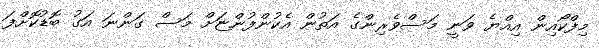
މިފްކޯއިން އިއްޔެ ވަނީ މަސްވެރިންގެ އަތުން އެކުންފުންޏަށް މަސް ގަންނަ އަގު ބޮޑުކޮށްފަ